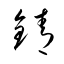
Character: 錆